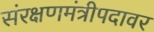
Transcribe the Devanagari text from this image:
संरक्षणमंत्रीपदावर